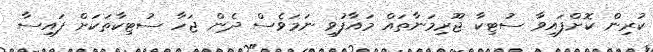
ކުރިން ކޮށްފައިވާ ސުޓިކާ ޖޫރިމަނާތައް މައާފުވި ނަމަވެސް ދެން ޖަހާ ސުޓިކާތަކަށް ފައިސާ